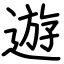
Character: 遊